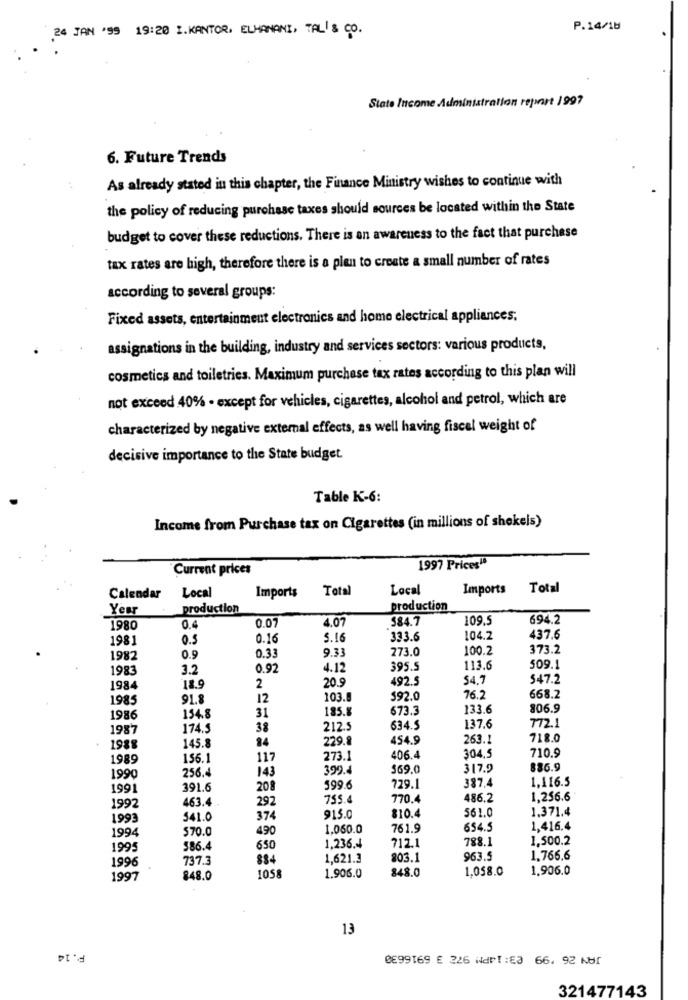
24 JAN '99 19:20 I.KANTOR, ELHANANI, TAL'& CO.
P.14/18
State Income Administration report 1997
6. Future Trends
As already stated in this chapter, the Finance Ministry wishes to continue with
the policy of reducing purchase taxes should sources be located within the State
budget to cover these reductions. There is an awareness to the fact that purchase
tax rates are high, therefore there is a pien to create a small number of rates
according to several groups:
Fixed assets, entertainment electronics and home electrical appliances.
assignations in the building, industry and services sectors: various products,
cosmetics and toiletries. Maximum purchase tax rates according to this plan will
not exceed 40% - except for vehicles, cigarettes, alcohol and petrol, which are
characterized by negative external effects, as well having fiscal weight of
decisive importance to the State budget.
Table K-6:
Income from Purchase tax on Cigarettes (in millions of shekels)
Current prices
1997 Prices!"
Imports
Total
Local
Imports Total
Calendar
Local
Year
production
production
0.07
4.07
$84.7
109.5
694.2
1980
0.4
1981
0.5
0.16
5.16
333.6
104.2
437.6
9.33
273.0
100.2
373.2
1982
0.9
0.33
1983
3.2
0.92
4.12
395.5
113.6
509.1
492.5
54.7
547.2
1984
18.9
2
20.9
1985
91.8
12
103.8
$92.0
76.2
668.2
31
185.8
673.3
133.6
806.9
1986
154.8
772.1
1987
174.5
38
212.5
634.5
137.6
145.8
84
229.8
454.9
263.1
718.0
1988
1989
156.1
117
273.1
406.4
304.5
710.9
256.4
143
399.4
$69.0
317.9
886.9
1990
387.4
1.116.5
1991
391.6
208
599.6
729.1
463.4
292
755.4
770.4
486.2
1,256.6
1992
561.0
1.371.4
1993
541.0
374
915.0
810.4
1994
570.0
490
1.060.0
761.9
654.5
1,416.4
1.236.4
712.1
788.1
1.500.2
1995
586.4
650
1996
737.3
1,621.3
803.1
963.5
1.766.6
848.0
1,058.0
1.906.0
1997
848.0
1058
1.906.0
13
P.14
0E99169 E 226 NdP1:53 66. 92 KBI
321477143